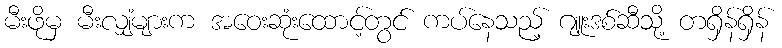
မီးဖိုမှ မီးလျှံများက အဝေးဆုံးထောင့်တွင် ကပ်နေသည့် ဂျူးဒစ်ဆီသို့ တရှိန်ရှိန်